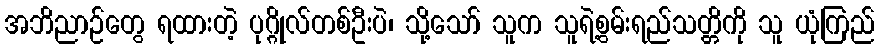
အဘိညာဉ်တွေ ရထားတဲ့ ပုဂ္ဂိုလ်တစ်ဦးပဲ၊ သို့သော် သူက သူရဲ့စွမ်းရည်သတ္တိကို သူ ယုံကြည်